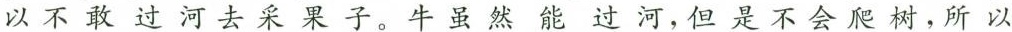
以不敢过河去采果子。牛虽然能过河，但是不会爬树，所以